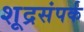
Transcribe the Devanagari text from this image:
शूद्रसंपर्क